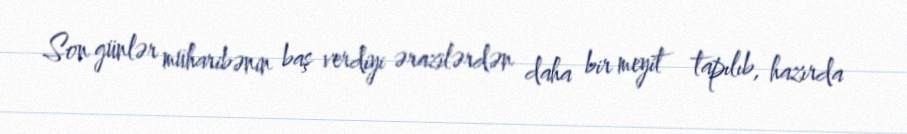
Son günlər müharibənin baş verdiyi ərazilərdən daha bir meyit tapılıb, hazırda